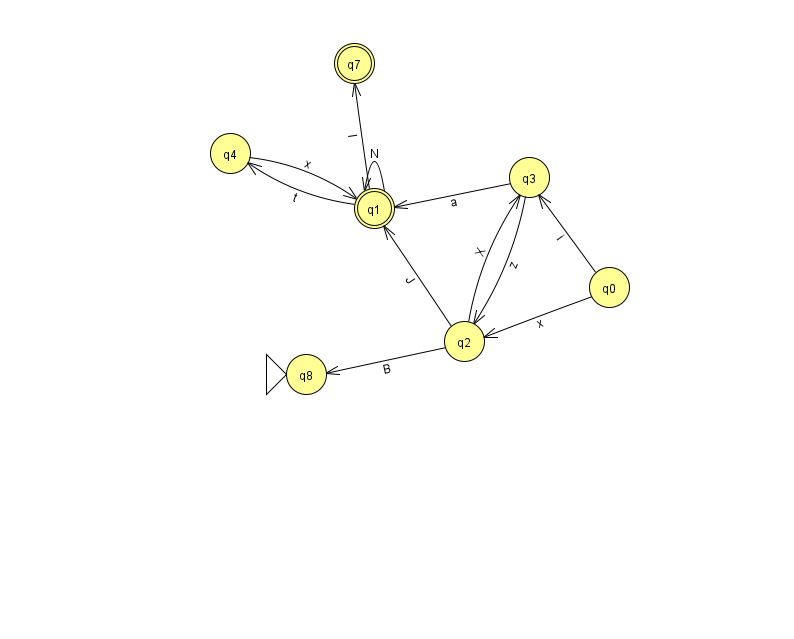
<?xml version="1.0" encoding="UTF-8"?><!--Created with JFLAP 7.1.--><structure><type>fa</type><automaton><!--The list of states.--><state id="0" name="q0"><x>609.0</x><y>274.0</y></state><state id="1" name="q1"><x>374.0</x><y>195.0</y><final/></state><state id="2" name="q2"><x>464.0</x><y>328.0</y></state><state id="3" name="q3"><x>529.0</x><y>164.0</y></state><state id="4" name="q4"><x>230.0</x><y>140.0</y></state><state id="7" name="q7"><x>354.0</x><y>50.0</y><final/></state><state id="8" name="q8"><x>306.0</x><y>361.0</y><initial/></state><!--The list of transitions.--><transition><from>2</from><to>3</to><read>X</read></transition><transition><from>0</from><to>2</to><read>x</read></transition><transition><from>4</from><to>1</to><read>x</read></transition><transition><from>3</from><to>2</to><read>z</read></transition><transition><from>3</from><to>1</to><read>a</read></transition><transition><from>2</from><to>1</to><read>J</read></transition><transition><from>0</from><to>3</to><read>i</read></transition><transition><from>1</from><to>7</to><read>l</read></transition><transition><from>1</from><to>1</to><read>N</read></transition><transition><from>1</from><to>4</to><read>t</read></transition><transition><from>2</from><to>8</to><read>B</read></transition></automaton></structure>